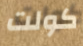
كولت